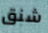
شنق